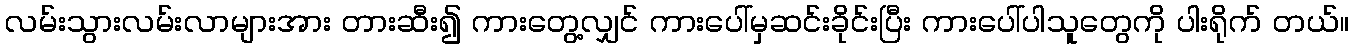
လမ်းသွားလမ်းလာများအား တားဆီး၍ ကားတွေ့လျှင် ကားပေါ်မှဆင်းခိုင်းပြီး ကားပေါ်ပါသူတွေကို ပါးရိုက် တယ်။